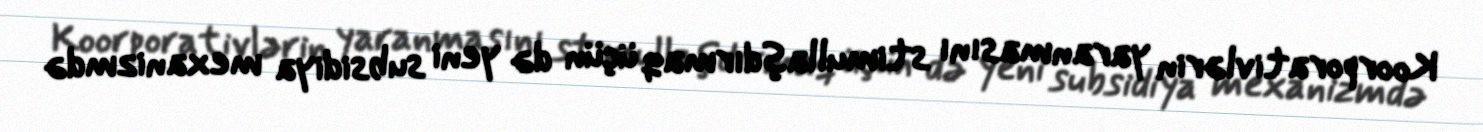
Koorporativlərin yaranmasını stimullaşdırmaq üçün də yeni subsidiya mexanizmdə